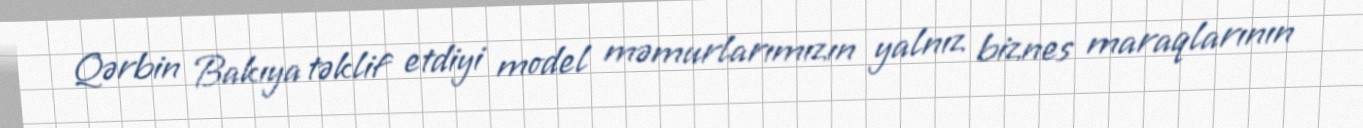
Qərbin Bakıya təklif etdiyi model məmurlarımızın yalnız biznes maraqlarının